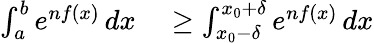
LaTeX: \begin{array}{rl}{\int_{a}^{b}e^{nf(x)}\, dx}&{{}\geq\int_{x_{0}-\delta}^{x_{0}+\delta}e^{nf(x)}\, dx}\end{array}